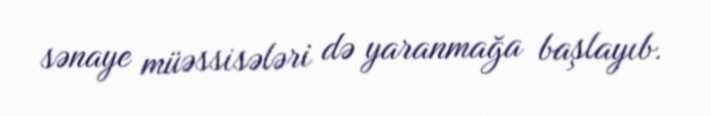
sənaye müəssisələri də yaranmağa başlayıb.